system: You are a helpful assistant.
user:
Analyze the provided spectrum to determine if it is a **M-type Giant (gM)**.

A M-type Giant spectrum is defined by its **strong molecular absorption** features, particularly from **Titanium Oxide (TiO)**. You must check for one of the following mutually exclusive signatures:

- **Key Visual Indicators (Absorption-Dominated Spectrum):**

    - **(Primary):** The spectrum is dominated by strong molecular absorption from **Titanium Oxide (TiO)**. This is the **defining feature** of its M-type temperature class.
        - **(Key Bandheads):** Look for sharp, "saw-tooth" absorption valleys. The strongest are located near **~7050 Å**, **~6160 Å**, and **~5170 Å**.
        - **(Line Profile):** The "saw-tooth" morphology is critical: a **sharp, steep drop on the BLUE (short-wavelength) side** of the bandhead, followed by a gradual recovery (rising flux) towards the RED (long-wavelength) side.

    - **(Key Confirmation - Giant vs. Dwarf):** **ABSENCE** of strong **Calcium Hydride (CaH)** molecular bands. This is the primary diagnostic for *excluding* M-dwarfs.
        - **(Key Region):** The spectrum should lack the strong, broad absorption band seen in dwarfs between **~6800 Å and ~7000 Å**.

    - **(Secondary Confirmation - Giant):** A very strong and broad **Neutral Calcium (Ca I)** atomic absorption line.
        - **(Key Line):** Located at **~4226 Å**. In a giant (gM), this line is significantly deeper and broader than the same line in an M-dwarf (dM) due to low surface gravity.

    - **(Overall Spectrum):**
        - The continuum is **extremely red-sloping** (i.e., flux is very low in the blue and rises dramatically towards the red).
        - The entire spectrum appears "chopped up" by the deep TiO bands.

Think first, call **spectral_visualization_tool** if needed to examine features in detail, then provide your final answer. Your response must adhere to the following strict rules:
1.  **Overall Structure:** Your response must follow the format `<think>...</think> <tool_call>...</tool_call> (if a tool is used) <answer>...</answer>`.
2.  **Tool Usage Constraint:** You may only make **one** tool call per turn.
3.  **Final Answer Format:** In the `<answer>` tag, your conclusion must be inside a `\boxed{}` command (e.g., `\boxed{YES}` or `\boxed{NO}`), followed by your justification.

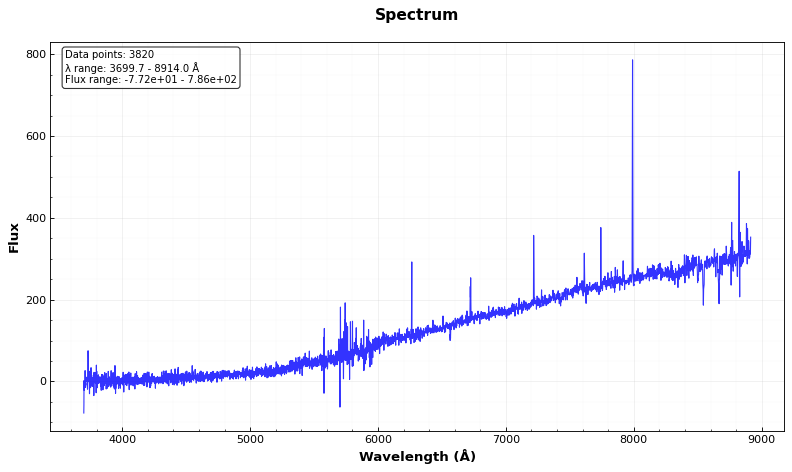
Answer: NO